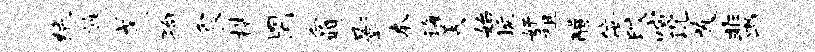
绝旌戈狗食梏罔翕影本诲美始埏奸租醴佞皎喧沉发蜚